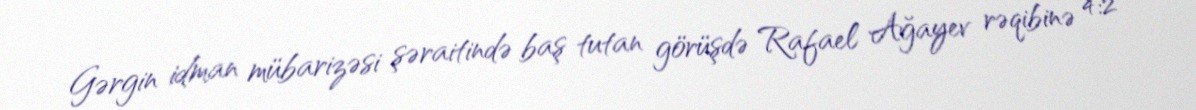
Gərgin idman mübarizəsi şəraitində baş tutan görüşdə Rafael Ağayev rəqibinə 4:2